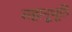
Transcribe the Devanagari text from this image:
सहानूभूति